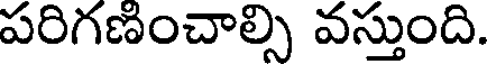
పరిగణించాల్సి వస్తుంది.